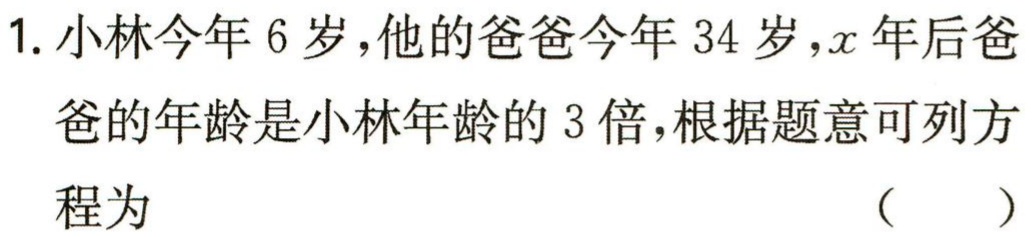
1. 小林今年 6 岁，他的爸爸今年 34 岁，\(x\)年后爸爸的年龄是小林年龄的 3 倍，根据题意可列方程为 （  ）